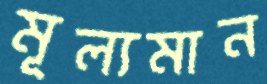
মূল্যমান